[Report on the health of British troops in the Madras command]
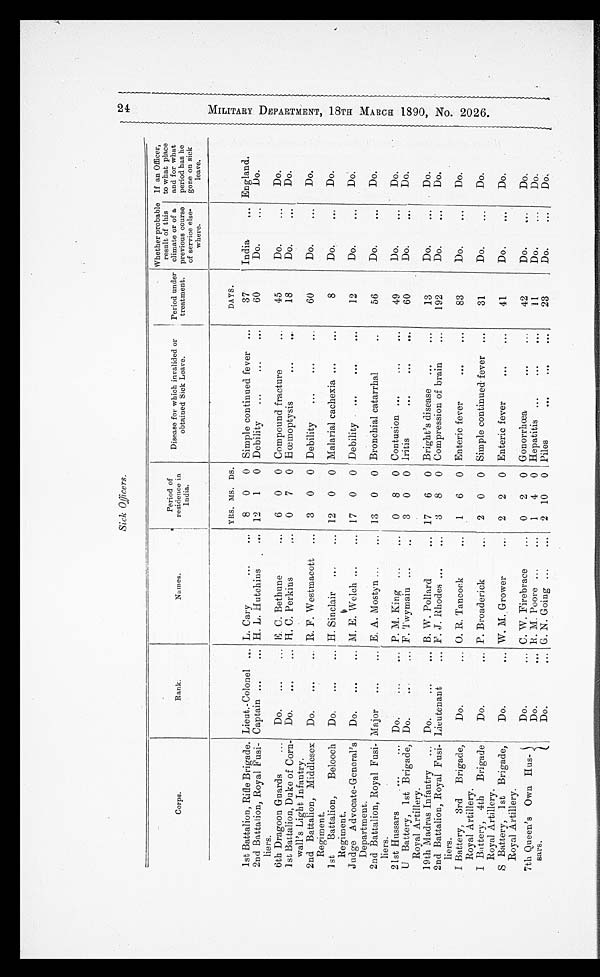
Sick Officers.
Corps.
Rank.
Names.
Period of
residence in
India.
Disease for which invalided or
obtained Sick Leave.
Period under
treatment.
Whether probable
result of this
climate or of a
previous course
of service else-
where.
If an Officer,
to what place
and for what
period has he
gone on sick
leave.
YRS. MS. DS.
DAYS.
1st Battalion, Rifle Brigade. Lieut.-Colonel
L. Cary
8
0
0 Simple continued fever
37
India
England.
2nd Battalion, Royal Fusi-
liers.
Captain
H. L. Hutchins
12
1
0 Debility
60
Do.
Do.
6th Dragoon Guards
Do.
E. C. Bethune
6
0
0 Compound fracture
45
Do.
Do.
1st Battalion, Duke of Corn-
wall's Light Infantry.
Do.
H. C. Perkins
0
7
0 Hœmoptysis
18
Do.
Do.
2nd Battalion, Middlesex
Regiment.
Do.
R. F. Westmacott
3
0
0 Debility
60
Do.
Do.
1st
Battalion,
Belooch
Regiment.
Do.
H. Sinclair
12
0
0 Malarial cachexia
8
Do.
Do.
Judge Advocate- General's
Department.
Do.
M. E. Welch
17
0
0 Debility
12
Do.
Do.
2nd Battalion, Royal Fusi-
liers.
Major
E. A. Mostyn
13
0
0 Bronchial catarrhal
56
Do.
Do.
21st Hussars
Do.
P. M. King
0
8
0 Contusion
49
Do.
Do.
U Battery, 1st Brigade,
Royal Artillery.
Do.
F. Twymain
3
0
0 lritis
60
Do.
Do.
19th Madras Infantry
Do.
B. W. Pollard
17
6
0 Bright's disease
13
Do.
Do.
2nd Battalion, Royal Fusi-
liers.
Lieutenant
F. J. Rhodes
3
8
0 Compression of brain
192
Do.
Do.
I Battery, 3rd Brigade,
Royal Artillery.
Do.
O. R. Tancock
1
6
0 Enteric fever
83
Do.
Do.
I Battery, 4th Brigade
Royal Artillery.
Do.
P. Broaderick
2
0
0 Simple continued fever
31
Do.
Do.
S Battery, 1st Brigade,
Royal Artillery.
Do.
W. M. Grower
2
2
0 Enteric fever
41
Do.
Do.
7th Queen's Own Hus-
s a r s .
Do.
C. W. Firebrace
0
2
0 Gonorrhœa
42
Do.
Do.
Do.
R. M. Poore
1
4
0 Hepatitis
11
Do.
Do.
Do.
G. N. Going
2 10
0 Piles
23
Do.
Do.